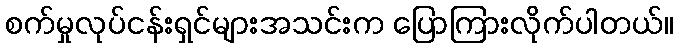
စက်မှုလုပ်ငန်းရှင်များအသင်းက ပြောကြားလိုက်ပါတယ်။